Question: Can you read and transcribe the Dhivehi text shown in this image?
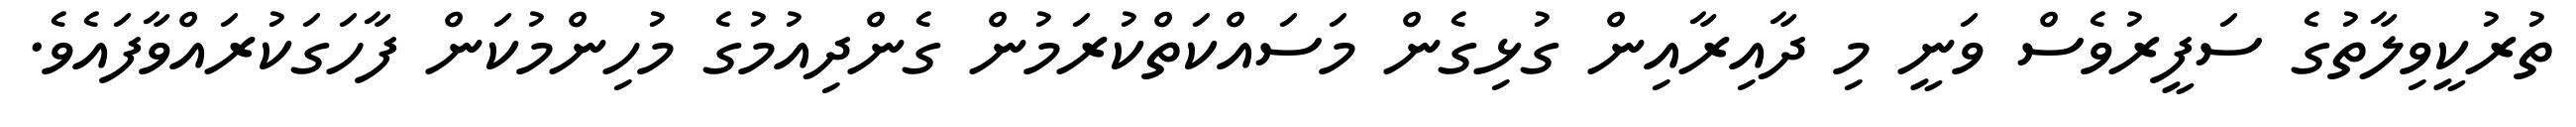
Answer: ތުރުކީވިލާތުގެ ސަފީރުވެސް ވަނީ މި ދާއިރާއިން ގުޅިގެން މަސައްކަތްކުރަމުން ގެންދިއުމުގެ މުހިންމުކަން ފާހަގަކުރައްވާފައެވެ.